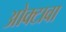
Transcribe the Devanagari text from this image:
ओक्टावा